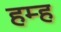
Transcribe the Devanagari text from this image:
हम्ह